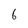
Character: 6